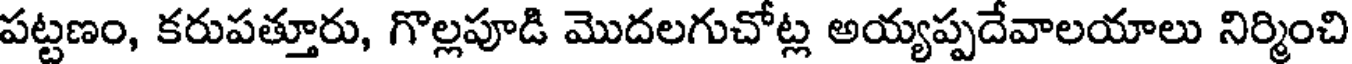
పట్టణం, కరుపత్తూరు, గొల్లపూడి మొదలగుచోట్ల అయ్యప్పదేవాలయాలు నిర్మించి